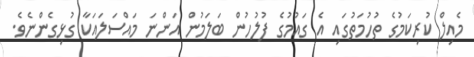
މެއިލް ކުރިކަމުގެ ތުހުމަތުގައި އެ ގައުމުގެ ފުލުހުން ބަލަމުން އަންނަ މައްސަލައަކާ ގުޅިގެންނެވެ.